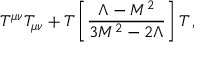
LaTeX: T ^ { \mu \nu } T _ { \mu \nu } + T \left[ \frac { \Lambda - M ^ { 2 } } { 3 M ^ { 2 } - 2 \Lambda } \right] T \, ,